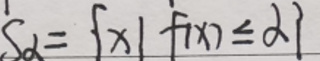
$S_{\alpha}=\{ x|f(x)\leq \alpha \}$